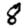
Digit: 8